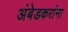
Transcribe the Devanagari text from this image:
अंबेडकरांना